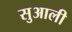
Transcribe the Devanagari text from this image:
सुआली